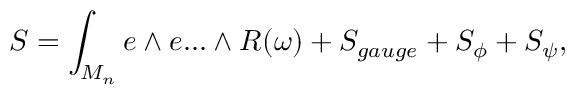
S = \int _ { M _ { n } } e \wedge e . . . \wedge R ( \omega ) + S _ { g a u g e } + S _ { \phi } + S _ { \psi } ,